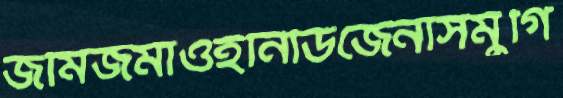
জমিজমাওইনিডিজেনাসমুর্গি